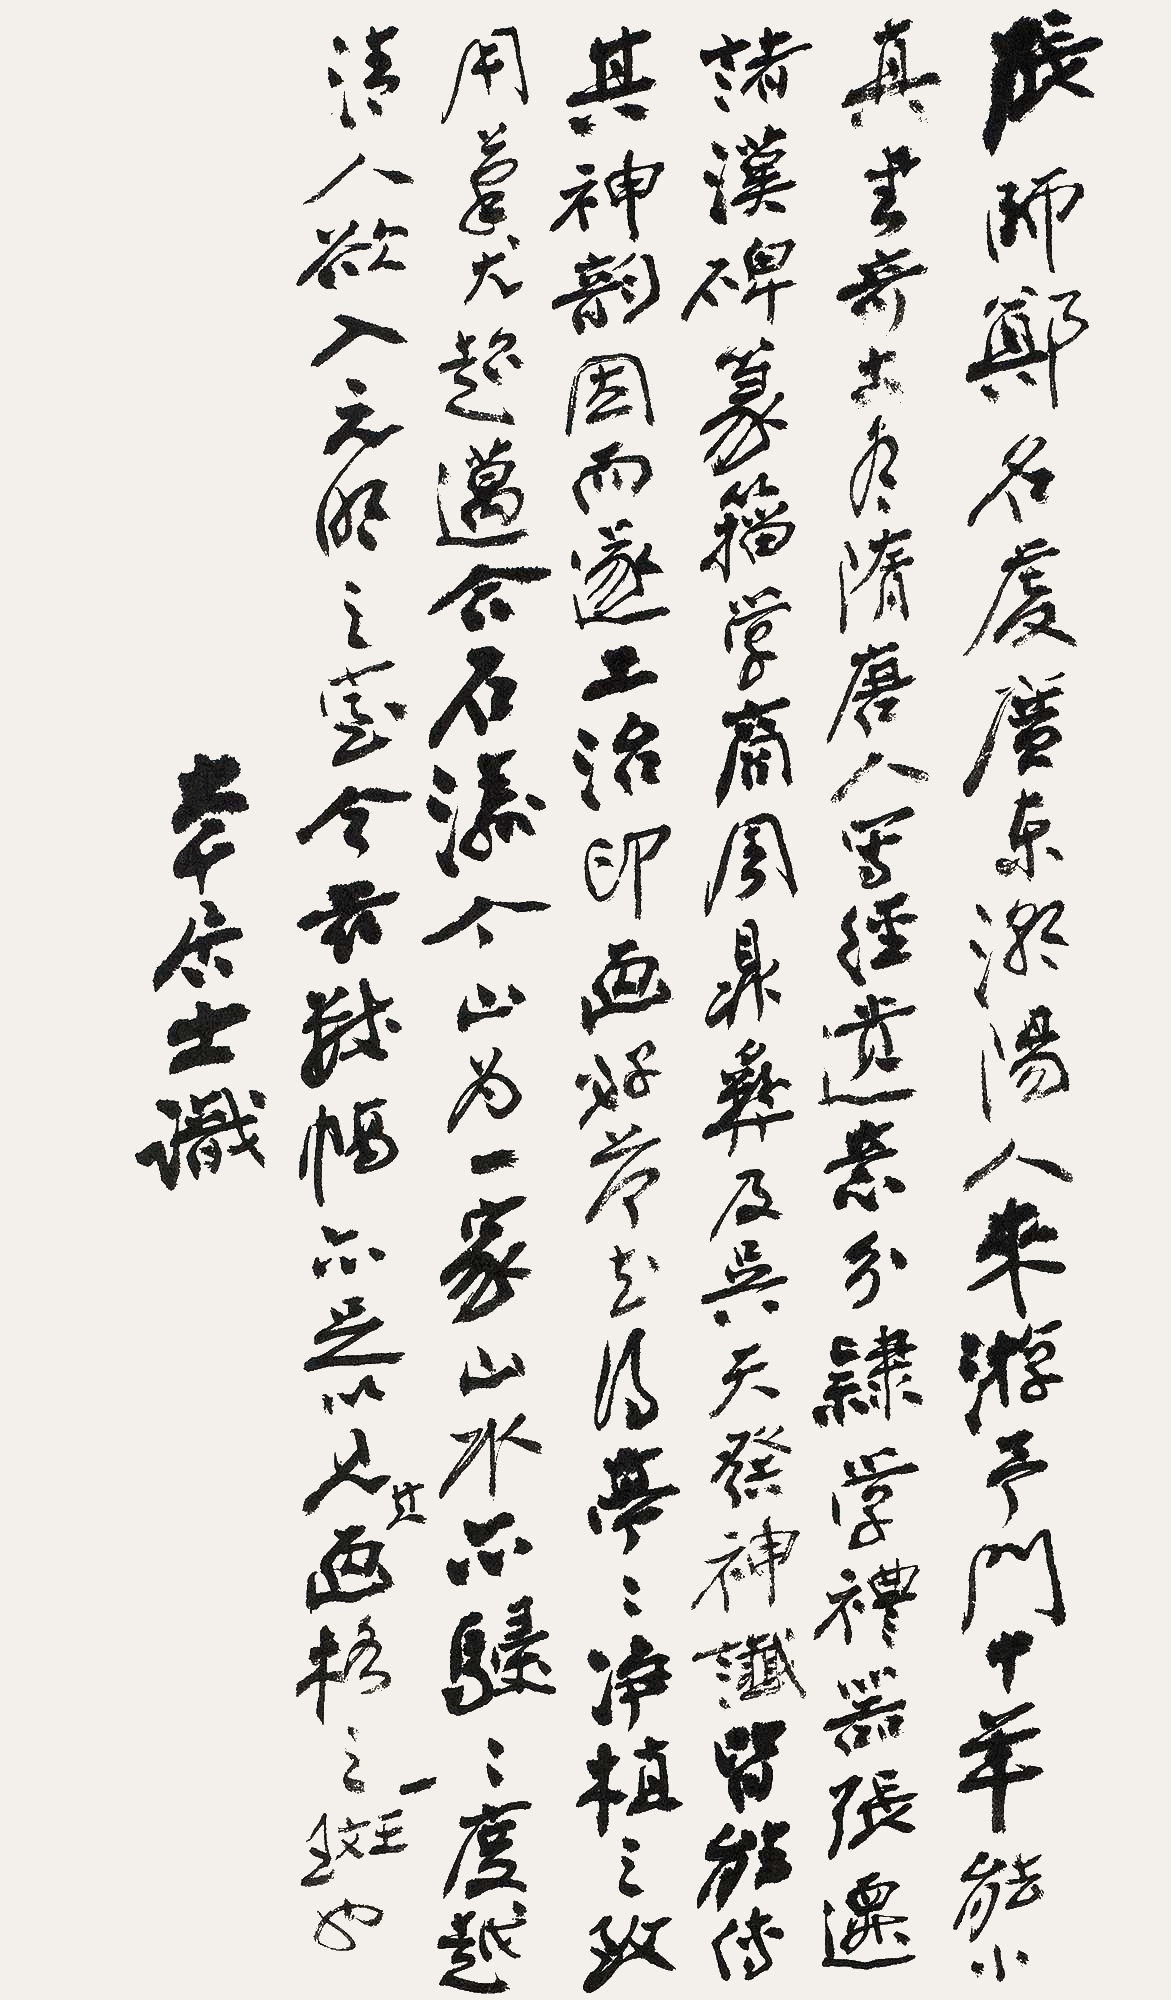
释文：张师郑，名虔。广东潮阳人。来游予门十年，能小真书，奇古，有隋唐人写经遗意。分隶学礼器、张迁诸汉碑。篆籀学商周鼎彝及吴天发神谶。皆能传其神韵，因而遂工治印。画好荷花得亭亭净植之致。用笔尤超迈，合石涛个山为一家，山水亦骎骎度，越清人欲入元明之室，今兹数幅亦足以见其画格之一斑也。大千居士识。